Cholera in India, 1862 to 1881
Year: 1862
Disease focus: Cholera
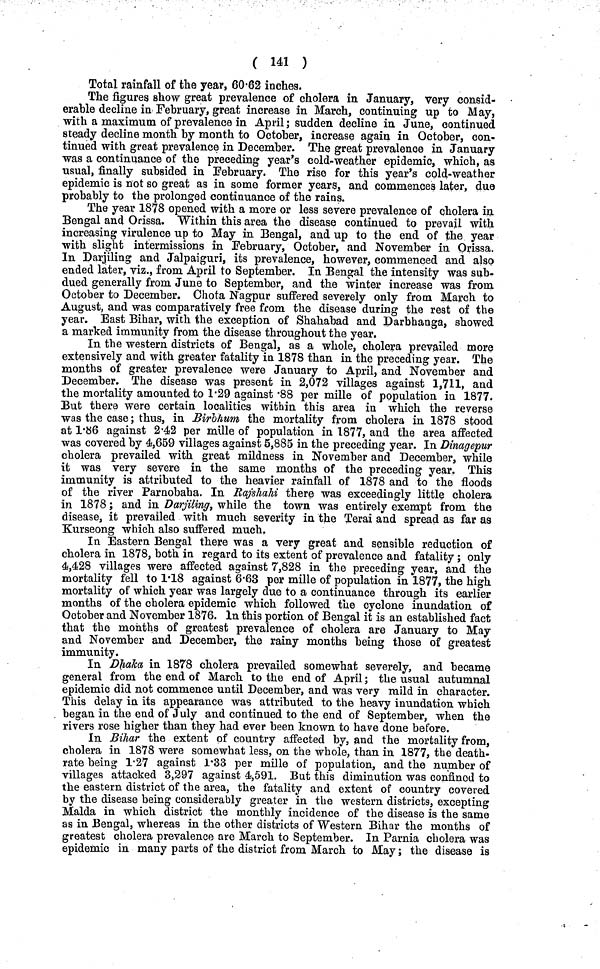
( 141 )
Total rainfall of the year, 60·62 inches.
The figures show great prevalence of cholera in January, very consid-
erable decline in February, great increase in March, continuing up to May,
with a maximum of prevalence in April; sudden decline in June, continued
steady decline month by month to October, increase again in October, con-
tinued with great prevalence in December. The great prevalence in January
was a continuance of the preceding year's cold-weather epidemic, which, as
usual, finally subsided in February. The rise for this year's cold-weather
epidemic is not so great as in some former years, and commences later, due
probably to the prolonged continuance of the rains.
The year 1878 opened with a more or less severe prevalence of cholera in
Bengal and Orissa. "Within this area the disease continued to prevail with
increasing virulence up to May in Bengal, and up to the end of the year
with slight intermissions in February, October, and November in Orissa.
In Darjiling and Jalpaiguri, its prevalence, however, commenced and also
ended later, viz., from April to September. In Bengal the intensity was sub-
dued generally from June to September, and the winter increase was from
October to December. Chota Nagpur suffered severely only from March to
August, and was comparatively free from the disease during the rest of the
year. East Bihar, with the exception of Shahabad and Darbhanga, showed
a marked immunity from the disease throughout the year.
In the western districts of Bengal, as a whole, cholera prevailed more
extensively and with greater fatality in 1878 than in the preceding year. The
months of greater prevalence were January to April, and November and
December. The disease was present in 2,072 villages against 1,711, and
the mortality amounted to 1·29 against·88 per mille of population in 1877.
But there were certain localities within this area in which the reverse
was the case; thus, in Birbhum the mortality from cholera in 1878 stood
at 1·86 against 2·42 per mllle of population in 1877, and the area affected
was covered by 4,659 villages against 5,885 in the preceding year. In Dinagepur
cholera prevailed with great mildness in November and December, while
it was very severe in the same months of the preceding year. This
immunity is attributed to the heavier rainfall of 1878 and to the floods
of the river Parnobaha. In Rajshahi there was exceedingly little cholera
in 1878; and in Darjiling, while the town was entirely exempt from the
disease, it prevailed with much severity in the Terai and spread as far as
Kurseong which also suffered much.
In Eastern Bengal there was a very great and sensible reduction of
cholera in 1878, both in regard to its extent of prevalence and fatality ; only
4,428 villages were affected against 7,828 in the preceding year, and the
mortality fell to 1·18 against 6·63 per mille of population in 1877, the high
mortality of which year was largely due to a continuance through its earlier
months of the cholera epidemic which followed the cyclone inundation of
October and November 1876. In this portion of Bengal it is an established fact
that the months of greatest prevalence of cholera are January to May
and November and December, the rainy months being those of greatest
immunity.
In Dhaka in 1878 cholera prevailed somewhat severely, and became
general from the end of March to the end of April; the usual autumnal
epidemic did not commence until December, and was very mild in character.
This delay in its appearance was attributed to the heavy inundation which
began in the end of July and continued to the end of September, when the
rivers rose higher than they had ever been known to have done before.
In Bihar the extent of country affected by, and the mortality from,
cholera in 1878 were somewhat less, on the whole, than in 1877, the death-
rate being 1·27 against 1·33 per mille of population, and the number of
villages attacked 3,297 against 4,591. But this diminution was confined to
the eastern district of the area, the fatality and extent of country covered
by the disease being considerably greater in the western districts, excepting
Malda in which district the monthly incidence of the disease is the same
as in Bengal, whereas in the other districts of Western Bihar the months of
greatest cholera prevalence are March to September. In Parnia cholera was
epidemic in many parts of the district from March to May; the disease is